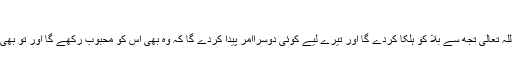
ملفوظات غوثیہ)
* جب تو صبر کرے گا تو اللہ تعالیٰ تجھ سے بلا کو ہلکا کردے گا اور تیرے لیے کوئی دوسراامر پیدا کردے گا کہ وہ بھی اس کو محبوب رکھے گا اور توُ بھی اس کو محبوب سمجھے گا۔